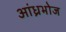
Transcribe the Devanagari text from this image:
आंध्रभोज